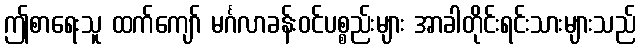
ဤစာရေးသူ ထက်ကျော် မင်္ဂလာခန်းဝင်ပစ္စည်းများ အာခါတိုင်းရင်းသားများသည်